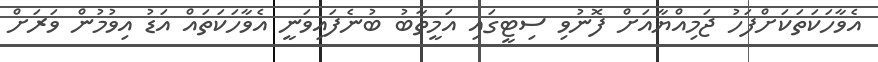
އެވާހަކަތަކަށްފަހު ޖަމިއްޔާއަށް ފޮނުވި ސިޓީގައި އަމީތާބު ބުނެފައިވަނީ އެވާހަކަތައް އަޑު އިވުމުން ވަރަށް